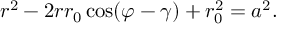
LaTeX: r ^ { 2 } - 2 r r _ { 0 } \cos ( \varphi - \gamma ) + r _ { 0 } ^ { 2 } = a ^ { 2 } .